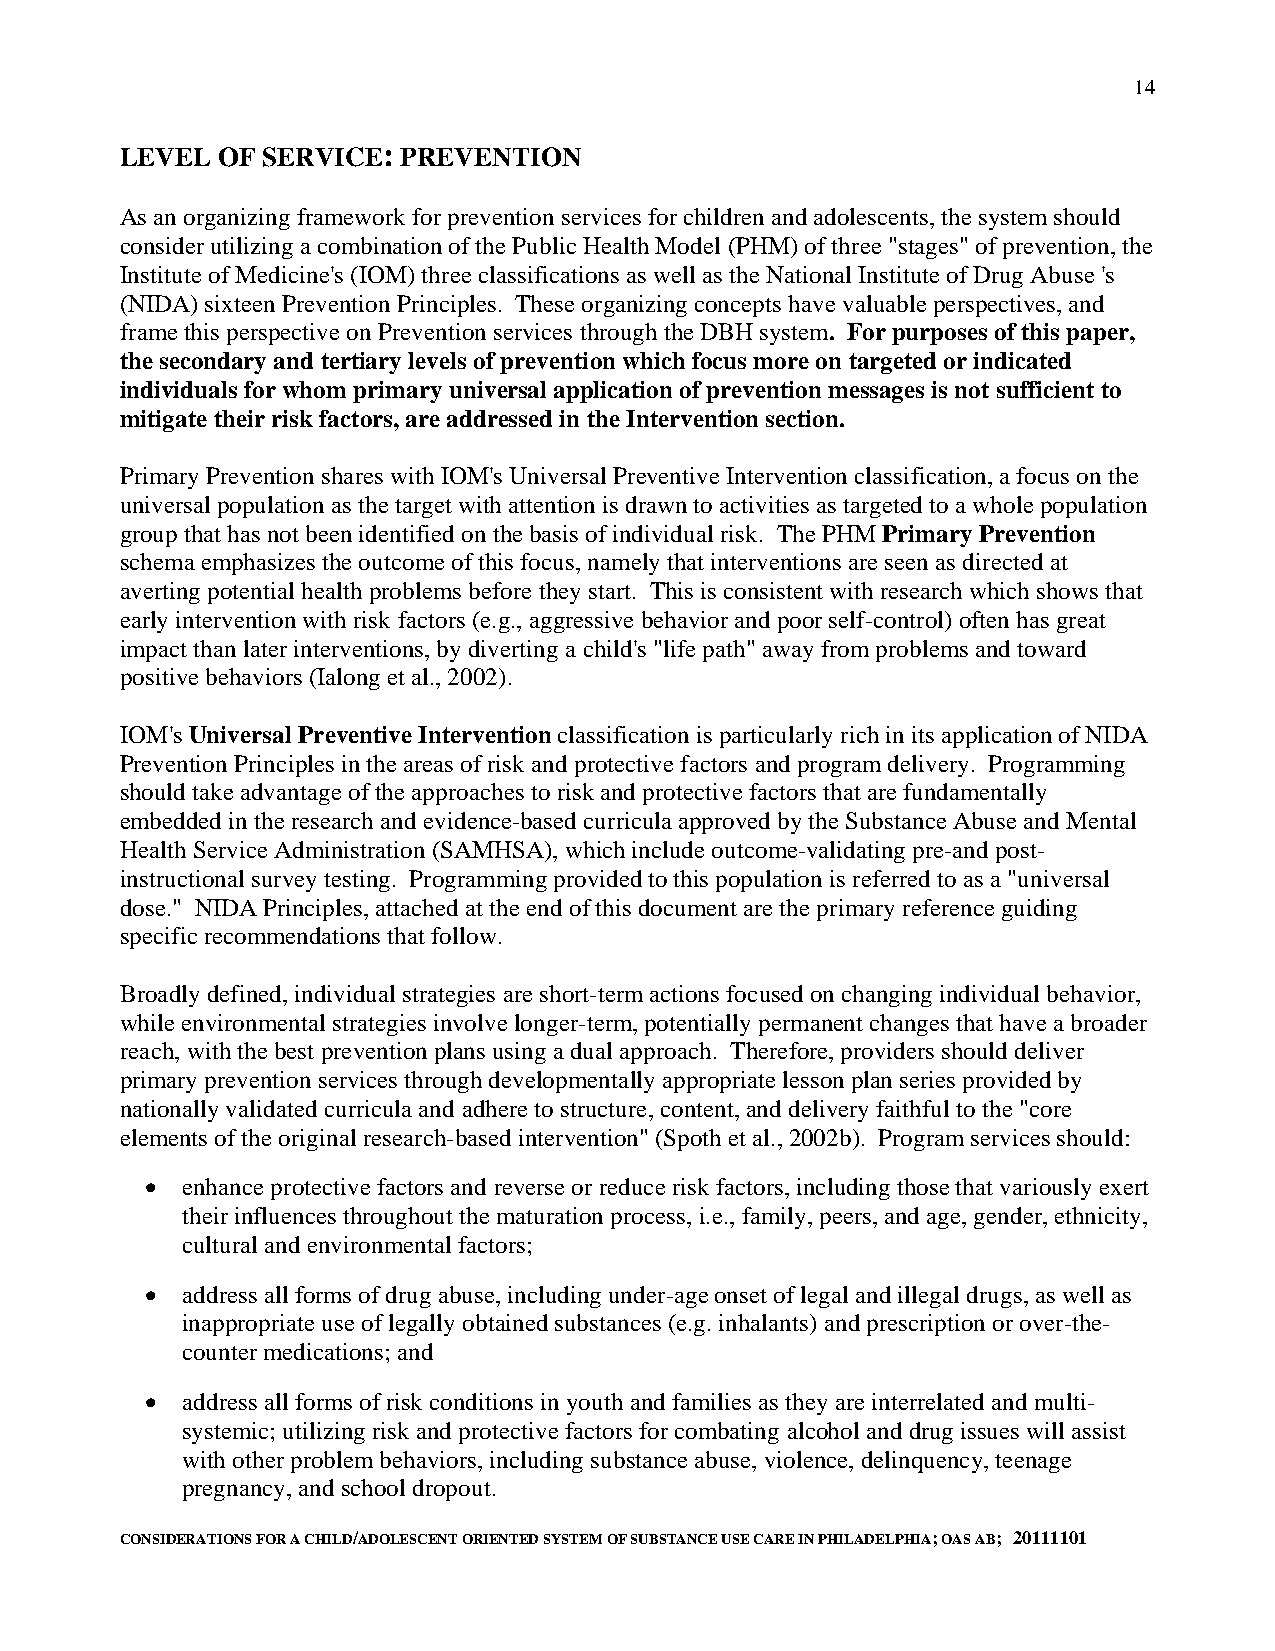
14
 LEVEL OF SERVICE:  PREVENTION
 As an organizing framework for prevention services for children and adolescents, the system should
 consider utilizing a combination of the Public Health Model (PHM) of three "stages" of prevention, the
 Institute of Medicine's (IOM) three classifications as well as the National Institute of Drug Abuse 's
 (NIDA) sixteen Prevention Principles. These organizing concepts have valuable perspectives, and
 frame this perspective on Prevention services through the DBH system. For purposes of this paper,
 the secondary and tertiary levels of prevention which focus more on targeted or indicated
 individuals for whom primary universal application of prevention messages is not sufficient to
 mitigate their risk factors, are addressed in the Intervention section.
 Primary Prevention shares with IOM's Universal Preventive Intervention classification, a focus on the
 universal population as the target with attention is drawn to activities as targeted to a whole population
 group that has not been identified on the basis of individual risk. The PHM Primary Prevention
 schema emphasizes the outcome of this focus, namely that interventions are seen as directed at
 averting potential health problems before they start. This is consistent with research which shows that
 early intervention with risk factors (e.g., aggressive behavior and poor self-control) often has great
 impact than later interventions, by diverting a child's "life path" away from problems and toward
 positive behaviors (Ialong et al., 2002).
 IOM's Universal Preventive Intervention classification is particularly rich in its application of NIDA
 Prevention Principles in the areas of risk and protective factors and program delivery. Programming
 should take advantage of the approaches to risk and protective factors that are fundamentally
 embedded in the research and evidence-based curricula approved by the Substance Abuse and Mental
 Health Service Administration (SAMHSA), which include outcome-validating pre-and post-
 instructional survey testing. Programming provided to this population is referred to as a "universal
 dose." NIDA Principles, attached at the end of this document are the primary reference guiding
 specific recommendations that follow.
 Broadly defined, individual strategies are short-term actions focused on changing individual behavior,
 while environmental strategies involve longer-term, potentially permanent changes that have a broader
 reach, with the best prevention plans using a dual approach. Therefore, providers should deliver
 primary prevention services through developmentally appropriate lesson plan series provided by
 nationally validated curricula and adhere to structure, content, and delivery faithful to the "core
 elements of the original research-based intervention" (Spoth et al., 2002b). Program services should:
 • enhance protective factors and reverse or reduce risk factors, including those that variously exert
 their influences throughout the maturation process, i.e., family, peers, and age, gender, ethnicity,
 cultural and environmental factors;
 • address all forms of drug abuse, including under-age onset of legal and illegal drugs, as well as
 inappropriate use of legally obtained substances (e.g. inhalants) and prescription or over-the-
 counter medications; and
 • address all forms of risk conditions in youth and families as they are interrelated and multi-
 systemic; utilizing risk and protective factors for combating alcohol and drug issues will assist
 with other problem behaviors, including substance abuse, violence, delinquency, teenage
 pregnancy, and school dropout.
 CONSIDERATIONS FOR A CHILD/ADOLESCENT ORIENTED SYSTEM OF SUBSTANCE USE CARE IN PHILADELPHIA; OAS AB; 20111101